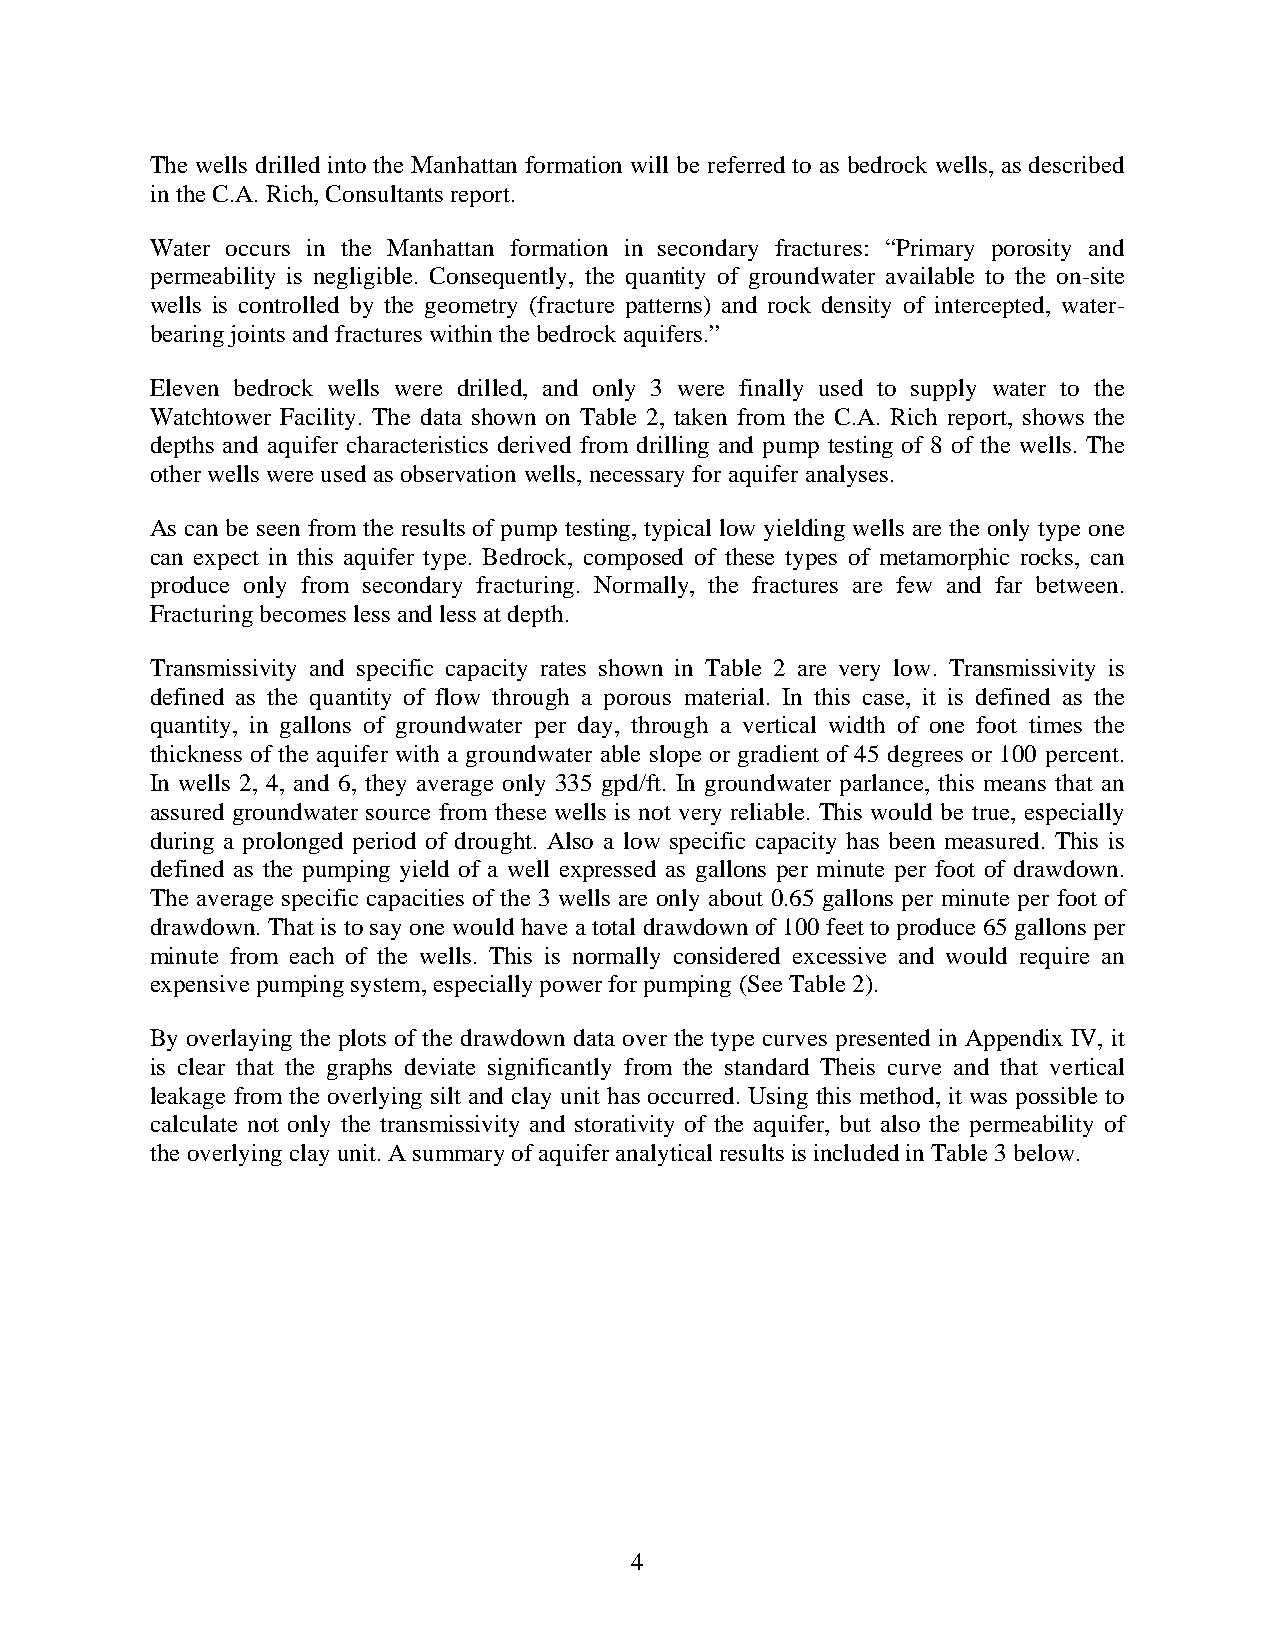
The wells drilled into the Manhattan formation will be referred to as bedrock wells, as described
 in the C.A. Rich, Consultants report.
 Water occurs in the Manhattan formation in secondary fractures: “Primary porosity and
 permeability is negligible. Consequently, the quantity of groundwater available to the on-site
 wells is controlled by the geometry (fracture patterns) and rock density of intercepted, water-
 bearing joints and fractures within the bedrock aquifers.”
 Eleven bedrock wells were drilled, and only 3 were finally used to supply water to the
 Watchtower Facility. The data shown on Table 2, taken from the C.A. Rich report, shows the
 depths and aquifer characteristics derived from drilling and pump testing of 8 of the wells. The
 other wells were used as observation wells, necessary for aquifer analyses.
 As can be seen from the results of pump testing, typical low yielding wells are the only type one
 can expect in this aquifer type. Bedrock, composed of these types of metamorphic rocks, can
 produce only from secondary fracturing. Normally, the fractures are few and far between.
 Fracturing becomes less and less at depth.
 Transmissivity and specific capacity rates shown in Table 2 are very low. Transmissivity is
 defined as the quantity of flow through a porous material. In this case, it is defined as the
 quantity, in gallons of groundwater per day, through a vertical width of one foot times the
 thickness of the aquifer with a groundwater able slope or gradient of 45 degrees or 100 percent.
 In wells 2, 4, and 6, they average only 335 gpd/ft. In groundwater parlance, this means that an
 assured groundwater source from these wells is not very reliable. This would be true, especially
 during a prolonged period of drought. Also a low specific capacity has been measured. This is
 defined as the pumping yield of a well expressed as gallons per minute per foot of drawdown.
 The average specific capacities of the 3 wells are only about 0.65 gallons per minute per foot of
 drawdown. That is to say one would have a total drawdown of 100 feet to produce 65 gallons per
 minute from each of the wells. This is normally considered excessive and would require an
 expensive pumping system, especially power for pumping (See Table 2).
 By overlaying the plots of the drawdown data over the type curves presented in Appendix IV, it
 is clear that the graphs deviate significantly from the standard Theis curve and that vertical
 leakage from the overlying silt and clay unit has occurred. Using this method, it was possible to
 calculate not only the transmissivity and storativity of the aquifer, but also the permeability of
 the overlying clay unit. A summary of aquifer analytical results is included in Table 3 below.
 4